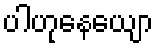
ပါဟုနေယျော